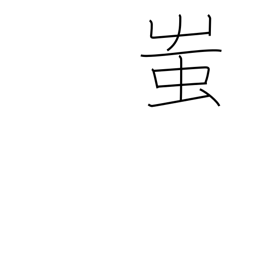
Meaning: fool